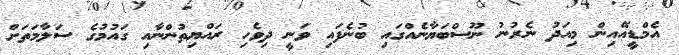
އެމްޑީއޭއިން މިއަދު ނެރުނު ނޫސްބަޔާނެއްގައި ބުނެފައި ވަނީ ދިވެހި ރައްޔިތުންނާއި ގައުމުގެ ސަލާމަތަށް